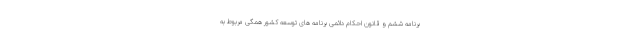
برنامه ششم و قانون احکام دائمی برنامه های توسعه کشور همگی مربوط به